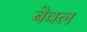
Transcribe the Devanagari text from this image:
बेवल